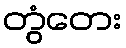
တွံတေး